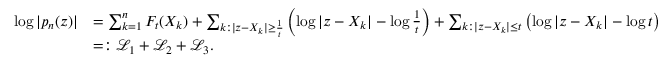
\begin{array} { r l } { \log | p _ { n } ( z ) | } & { = \sum _ { k = 1 } ^ { n } F _ { t } ( X _ { k } ) + \sum _ { k : | z - X _ { k } | \geq \frac { 1 } { t } } \left( \log | z - X _ { k } | - \log \frac { 1 } { t } \right) + \sum _ { k : | z - X _ { k } | \leq t } \left( \log | z - X _ { k } | - \log t \right) } \\ & { = : \mathcal { L } _ { 1 } + \mathcal { L } _ { 2 } + \mathcal { L } _ { 3 } . } \end{array}